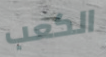
الكعب